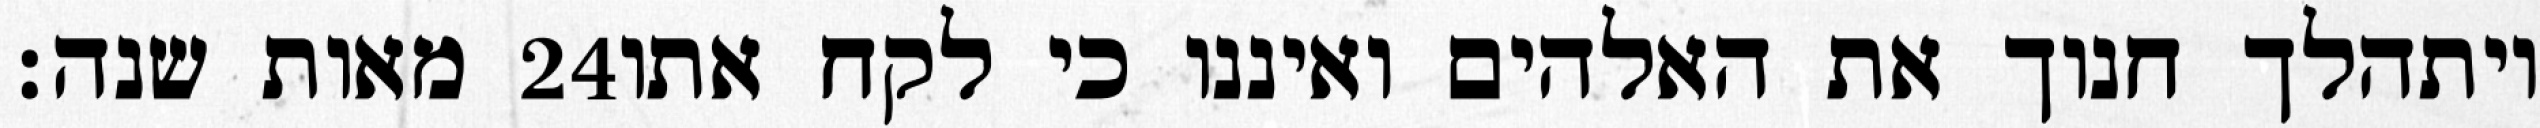
מאות שנה׃ ‎24‏ ויתהלך חנוך את האלהים ואיננו כי לקח אתו